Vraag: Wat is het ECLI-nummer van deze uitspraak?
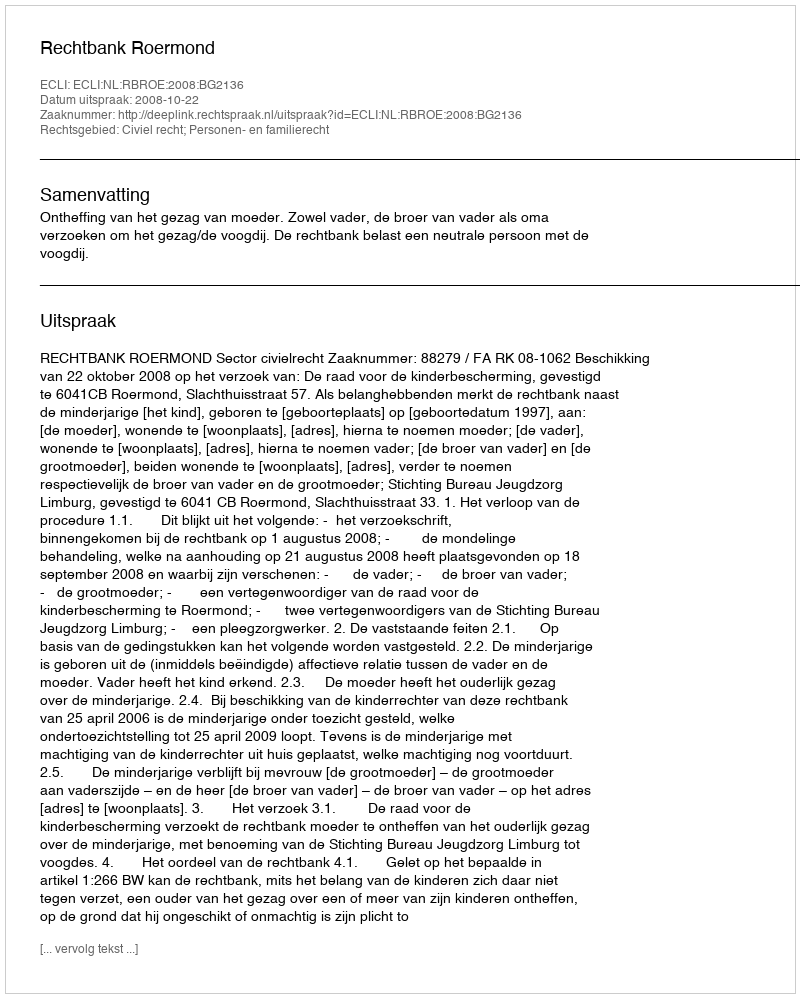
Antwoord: ECLI:NL:RBROE:2008:BG2136